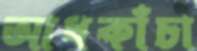
আধকাঁচা